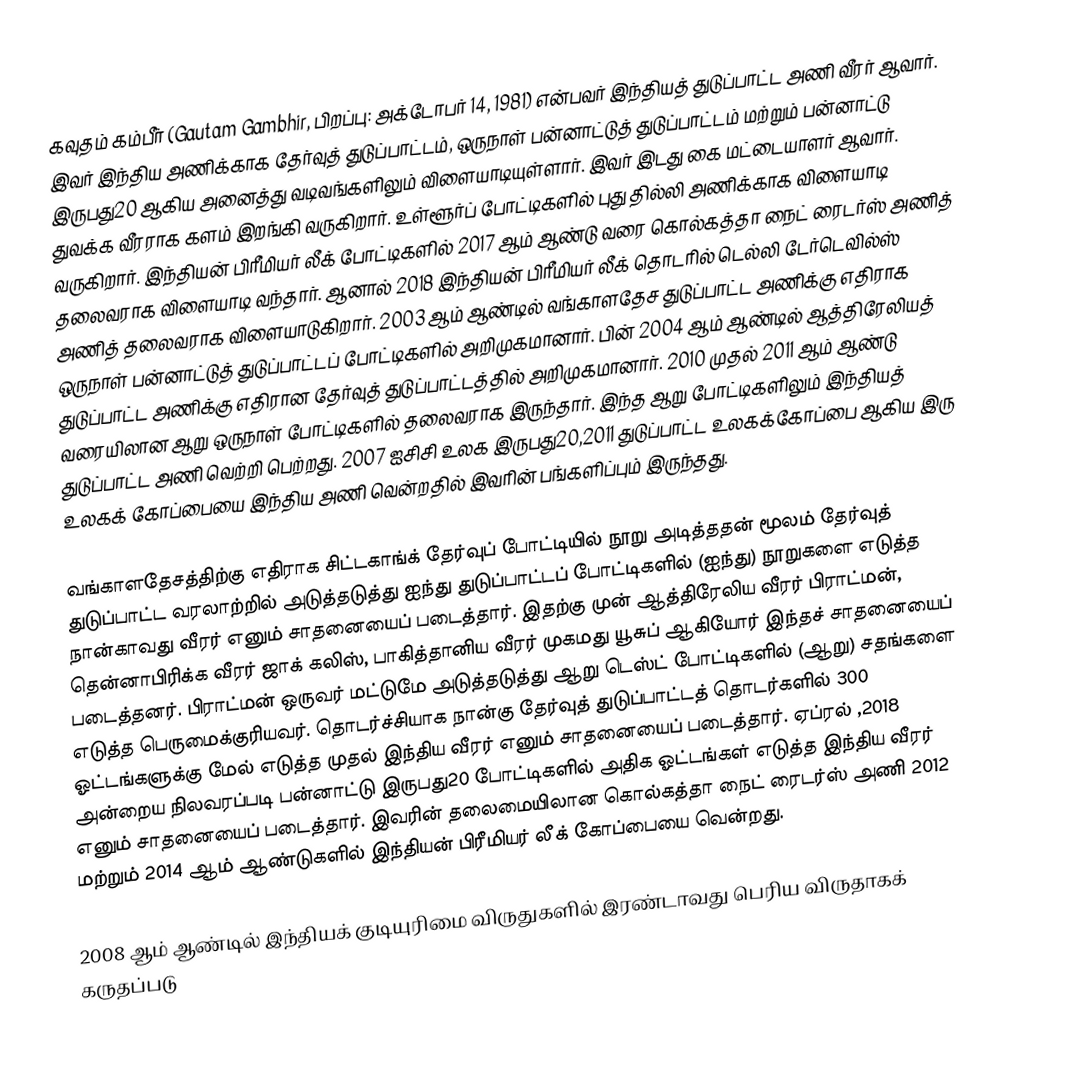
கவுதம் கம்பீர் (Gautam Gambhir, பிறப்பு: அக்டோபர் 14, 1981) என்பவர் இந்தியத் துடுப்பாட்ட அணி வீரர் ஆவார். இவர் இந்திய அணிக்காக தேர்வுத் துடுப்பாட்டம், ஒருநாள் பன்னாட்டுத் துடுப்பாட்டம் மற்றும் பன்னாட்டு இருபது20 ஆகிய அனைத்து வடிவங்களிலும் விளையாடியுள்ளார். இவர் இடது கை மட்டையாளர் ஆவார். துவக்க வீரராக களம் இறங்கி வருகிறார். உள்ளூர்ப் போட்டிகளில் புது தில்லி அணிக்காக விளையாடி வருகிறார். இந்தியன் பிரீமியர் லீக் போட்டிகளில் 2017 ஆம் ஆண்டு வரை கொல்கத்தா நைட் ரைடர்ஸ் அணித் தலைவராக விளையாடி வந்தார். ஆனால் 2018 இந்தியன் பிரீமியர் லீக் தொடரில் டெல்லி டேர்டெவில்ஸ் அணித் தலைவராக விளையாடுகிறார். 2003 ஆம் ஆண்டில் வங்காளதேச துடுப்பாட்ட அணிக்கு எதிராக ஒருநாள் பன்னாட்டுத் துடுப்பாட்டப் போட்டிகளில் அறிமுகமானார். பின் 2004 ஆம் ஆண்டில் ஆத்திரேலியத் துடுப்பாட்ட அணிக்கு எதிரான தேர்வுத் துடுப்பாட்டத்தில் அறிமுகமானார். 2010 முதல் 2011 ஆம் ஆண்டு வரையிலான ஆறு ஒருநாள் போட்டிகளில் தலைவராக இருந்தார். இந்த ஆறு போட்டிகளிலும் இந்தியத் துடுப்பாட்ட அணி வெற்றி பெற்றது. 2007 ஐசிசி உலக இருபது20,2011 துடுப்பாட்ட உலகக்கோப்பை ஆகிய இரு உலகக் கோப்பையை இந்திய அணி வென்றதில் இவரின் பங்களிப்பும் இருந்தது.

வங்காளதேசத்திற்கு எதிராக சிட்டகாங்க் தேர்வுப் போட்டியில் நூறு அடித்ததன் மூலம் தேர்வுத் துடுப்பாட்ட வரலாற்றில் அடுத்தடுத்து ஐந்து துடுப்பாட்டப் போட்டிகளில் (ஐந்து) நூறுகளை எடுத்த நான்காவது வீரர் எனும் சாதனையைப் படைத்தார். இதற்கு முன் ஆத்திரேலிய வீரர் பிராட்மன், தென்னாபிரிக்க வீரர் ஜாக் கலிஸ், பாகித்தானிய வீரர் முகமது யூசுப் ஆகியோர் இந்தச் சாதனையைப் படைத்தனர். பிராட்மன் ஒருவர் மட்டுமே அடுத்தடுத்து ஆறு டெஸ்ட் போட்டிகளில் (ஆறு) சதங்களை எடுத்த பெருமைக்குரியவர். தொடர்ச்சியாக நான்கு தேர்வுத் துடுப்பாட்டத் தொடர்களில் 300 ஓட்டங்களுக்கு மேல் எடுத்த முதல் இந்திய வீரர் எனும் சாதனையைப் படைத்தார். ஏப்ரல் ,2018  அன்றைய நிலவரப்படி பன்னாட்டு இருபது20 போட்டிகளில் அதிக ஓட்டங்கள் எடுத்த இந்திய வீரர் எனும் சாதனையைப் படைத்தார். இவரின் தலைமையிலான கொல்கத்தா நைட் ரைடர்ஸ் அணி 2012 மற்றும் 2014 ஆம் ஆண்டுகளில் இந்தியன் பிரீமியர் லீக் கோப்பையை வென்றது.

2008 ஆம் ஆண்டில் இந்தியக் குடியுரிமை விருதுகளில் இரண்டாவது பெரிய விருதாகக் கருதப்படு